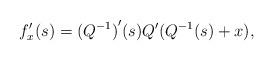
LaTeX: \begin{align*}f^{\prime}_x(s)={(Q^{-1})}^{\prime}(s)Q^{\prime}(Q^{-1}(s)+x),\end{align*}